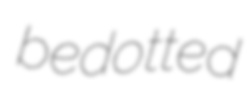
bedotted